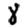
Digit: 8